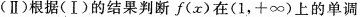
(Ⅱ)根据(Ⅰ)的结果判断f(x)在(1，+\infty )上的单调